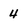
Character: 4